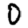
Digit: 0